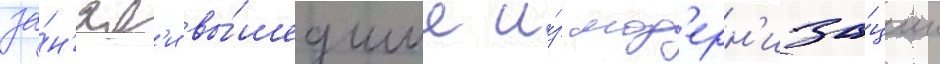
за́н'ял'и вы́шедшие и́з мод'ерн'иза́ции